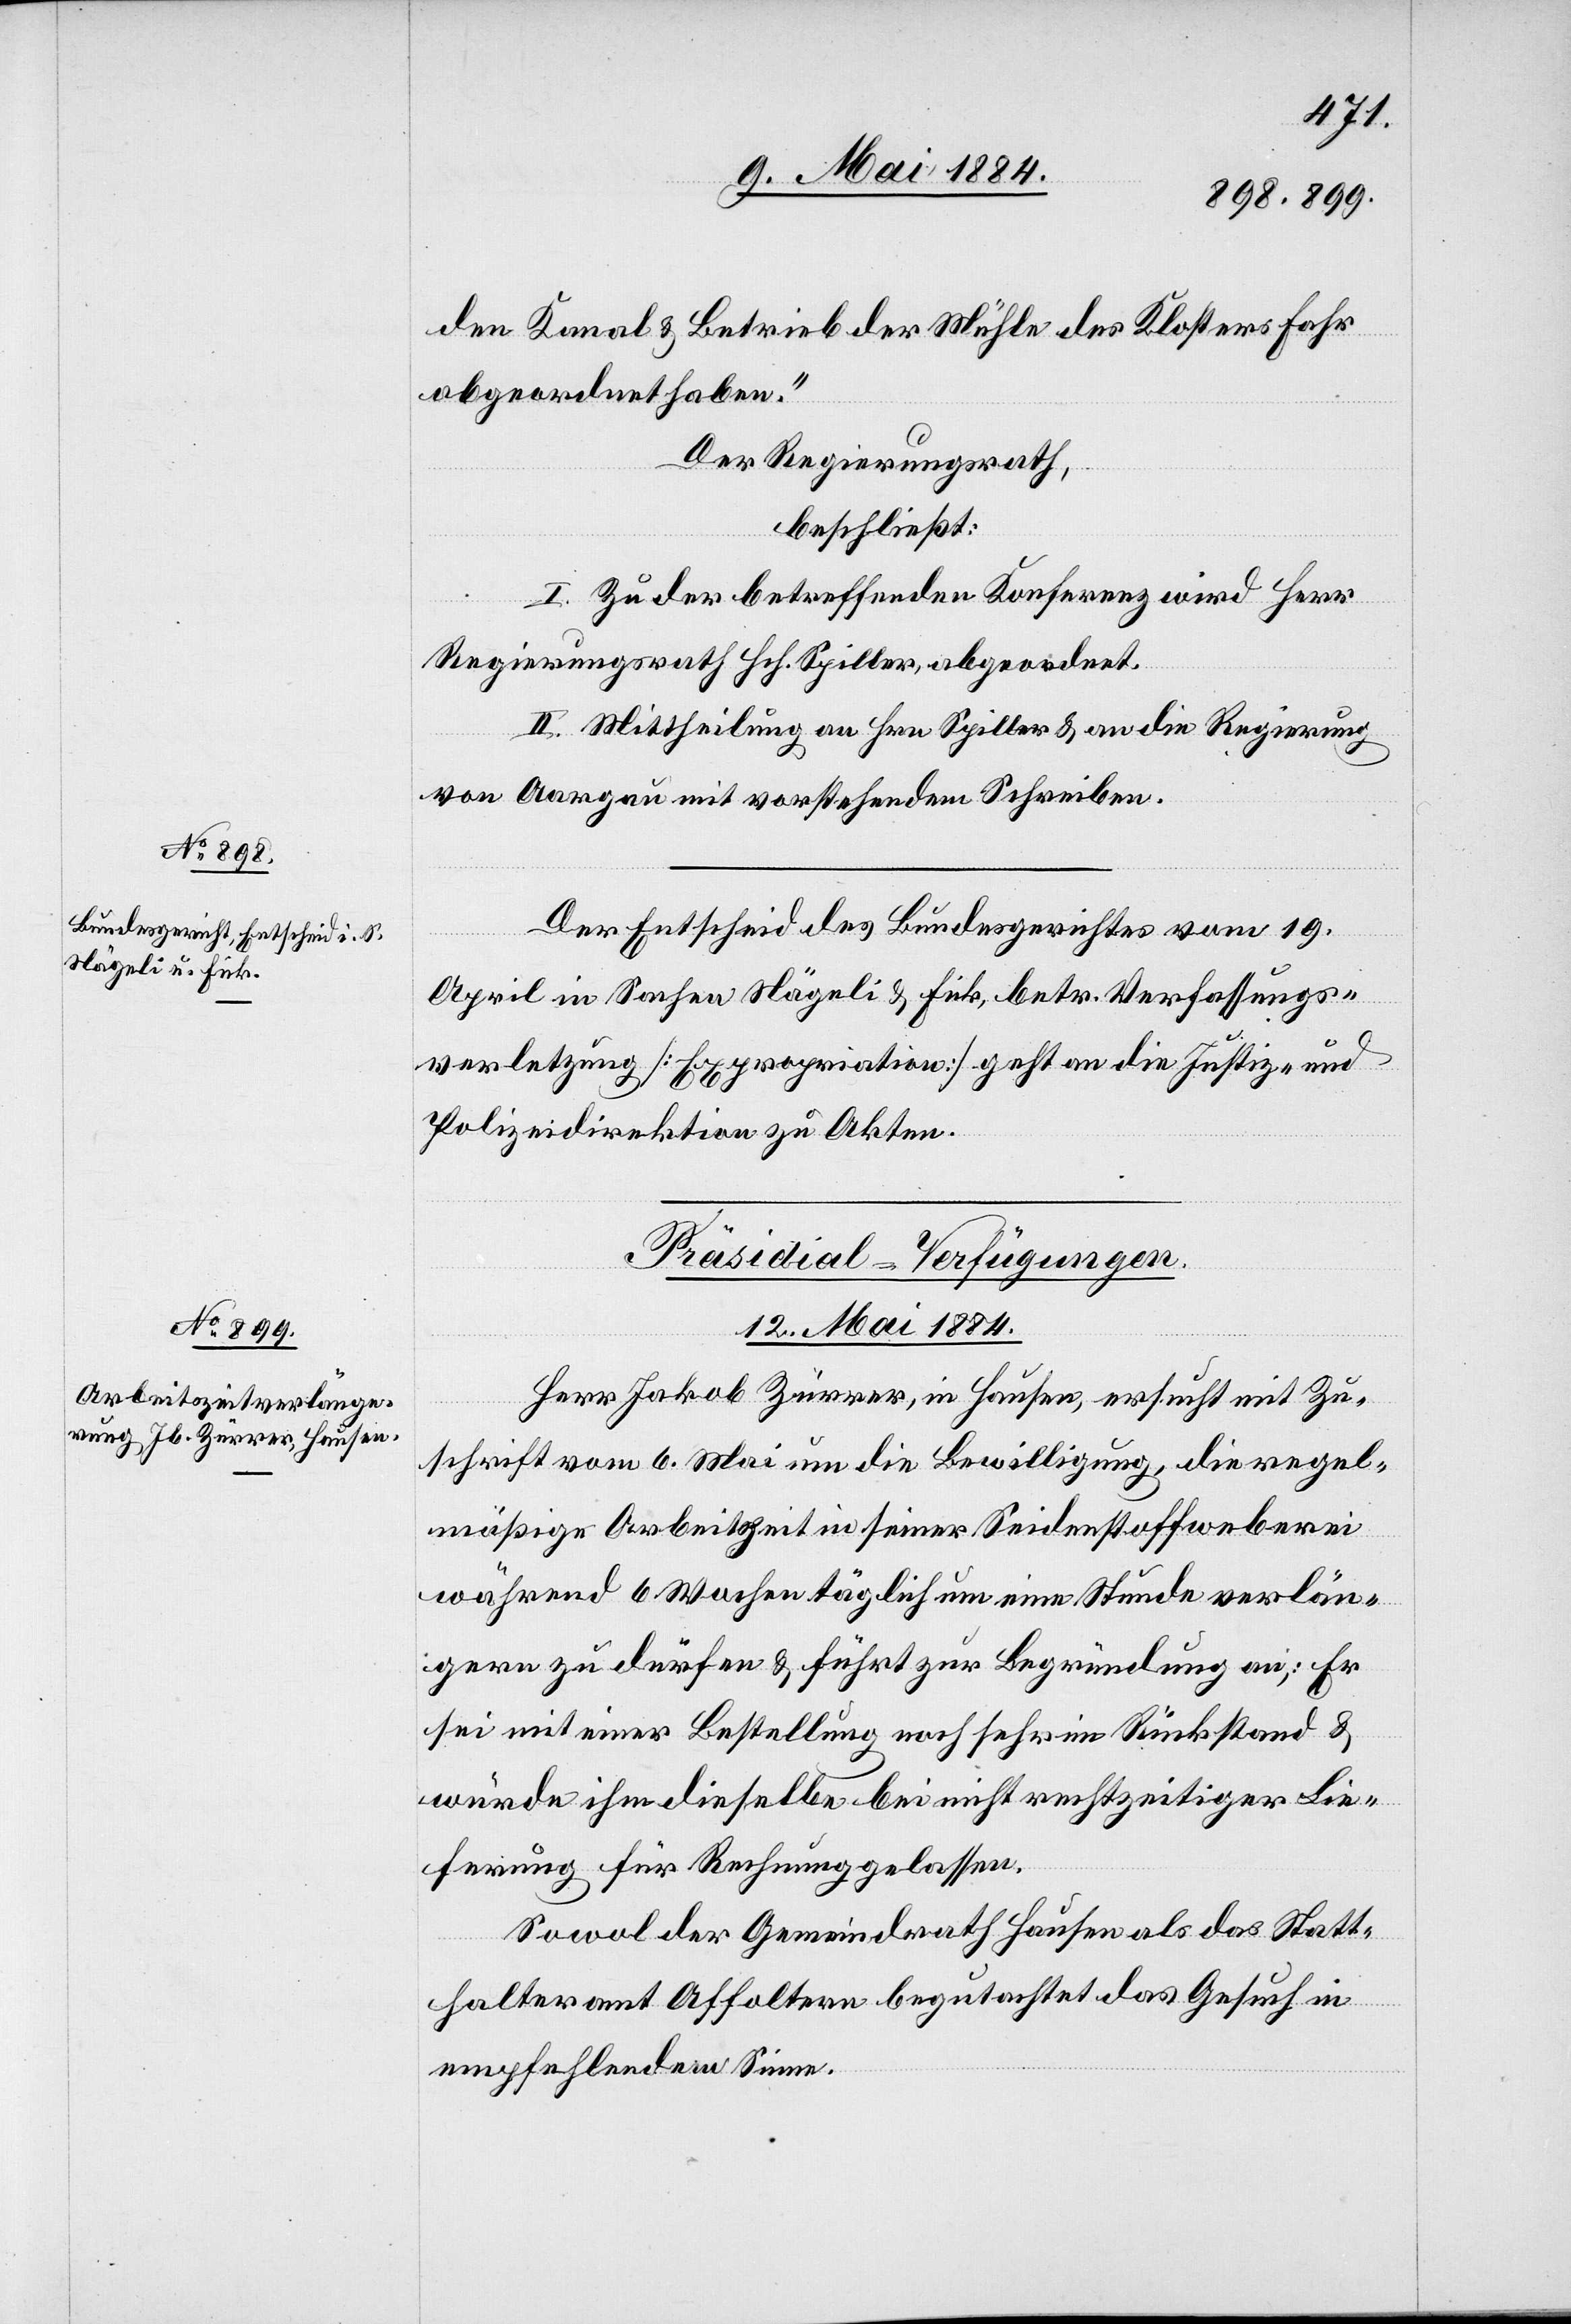
den Kanal & Betrieb der Mühle des Kloster Fahr
abgeordnet haben.“
Der Regierungsrath,
beschließt:
I. Zu der betreffenden Konferenz wird Herr
Regierungsrath Hch. Spiller abgeordnet.
II. Mittheilung an Hrn. Spiller & an die Regierung
von Aargau mit vorstehendem Schreiben.
Der Entscheid des Bundesgerichtes vom 19.
April in Sachen Nägeli & Fink, betr. Verfassungs¬
verletzung [Expropriation] geht an die Justiz- und
Polizeidirektion zu Akten.
Präsidial-Verfügungen.
12. Mai 1884.
Herr Jakob Zürrer, in Hausen, ersucht mit Zu¬
schrift vom 6. Mai um die Bewilligung, die regel¬
mäßige Arbeitszeit in seiner Seidenstoffweberei
während 6 Wochen täglich um eine Stunde verlän¬
gern zu dürfen & führt zur Begründung an: Er
sei mit einer Bestellung noch sehr im Rückstand &
würde ihm dieselbe bei nicht rechtzeitiger Lie¬
ferung für Rechnung gelassen.
Sowol der Gemeindrath Hausen als das Statt¬
halteramt Affoltern begutachtet das Gesuch in
empfehlendem Sinne.